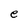
Character: e